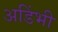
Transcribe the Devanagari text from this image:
अडिंभी